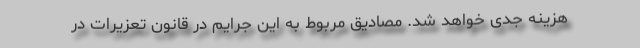
هزینه جدی خواهد شد. مصادیق مربوط به این جرایم در قانون تعزیرات در